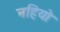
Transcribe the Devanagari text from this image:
नहियो